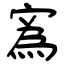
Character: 寪